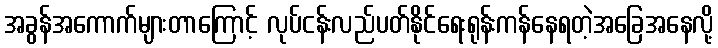
အခွန်အကောက်များတာကြောင့် လုပ်ငန်းလည်ပတ်နိုင်ရေးရုန်းကန်နေရတဲ့အခြေအနေလို့